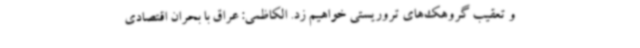
و تعقیب گروهک‌های تروریستی خواهیم زد. الکاظمی: عراق با بحران اقتصادی